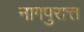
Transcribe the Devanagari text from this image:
नागपुरात्त